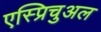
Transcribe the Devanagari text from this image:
एस्प्रिचुअल